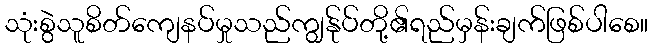
သုံးစွဲသူစိတ်ကျေနပ်မှုသည်ကျွန်ုပ်တို့၏ရည်မှန်းချက်ဖြစ်ပါစေ။